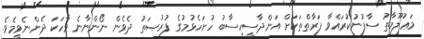
މަޢުލޫމާތު ސާފުނުކުރައްވާ ފަރާތްތަކަށް އަންދާސީހިސާބު ހުށަހެޅުމުގެ ފުރުޞަތު ދެވެން ނޯންނާނެ ވާހަކަ ދެންނެވީމެވެ.